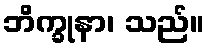
ဘိက္ခုနာ၊ သည်။